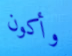
وأكون